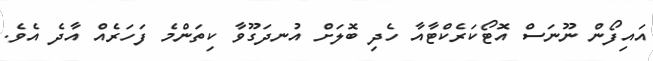
އައިފޯން ނޫނަސް އޮޓޯކަރެކްޓާއާ ހެދި ބޮލަށް އުނދަގޫވާ ކިތަންމެ ފަހަރެއް އާދެ އެވެ.